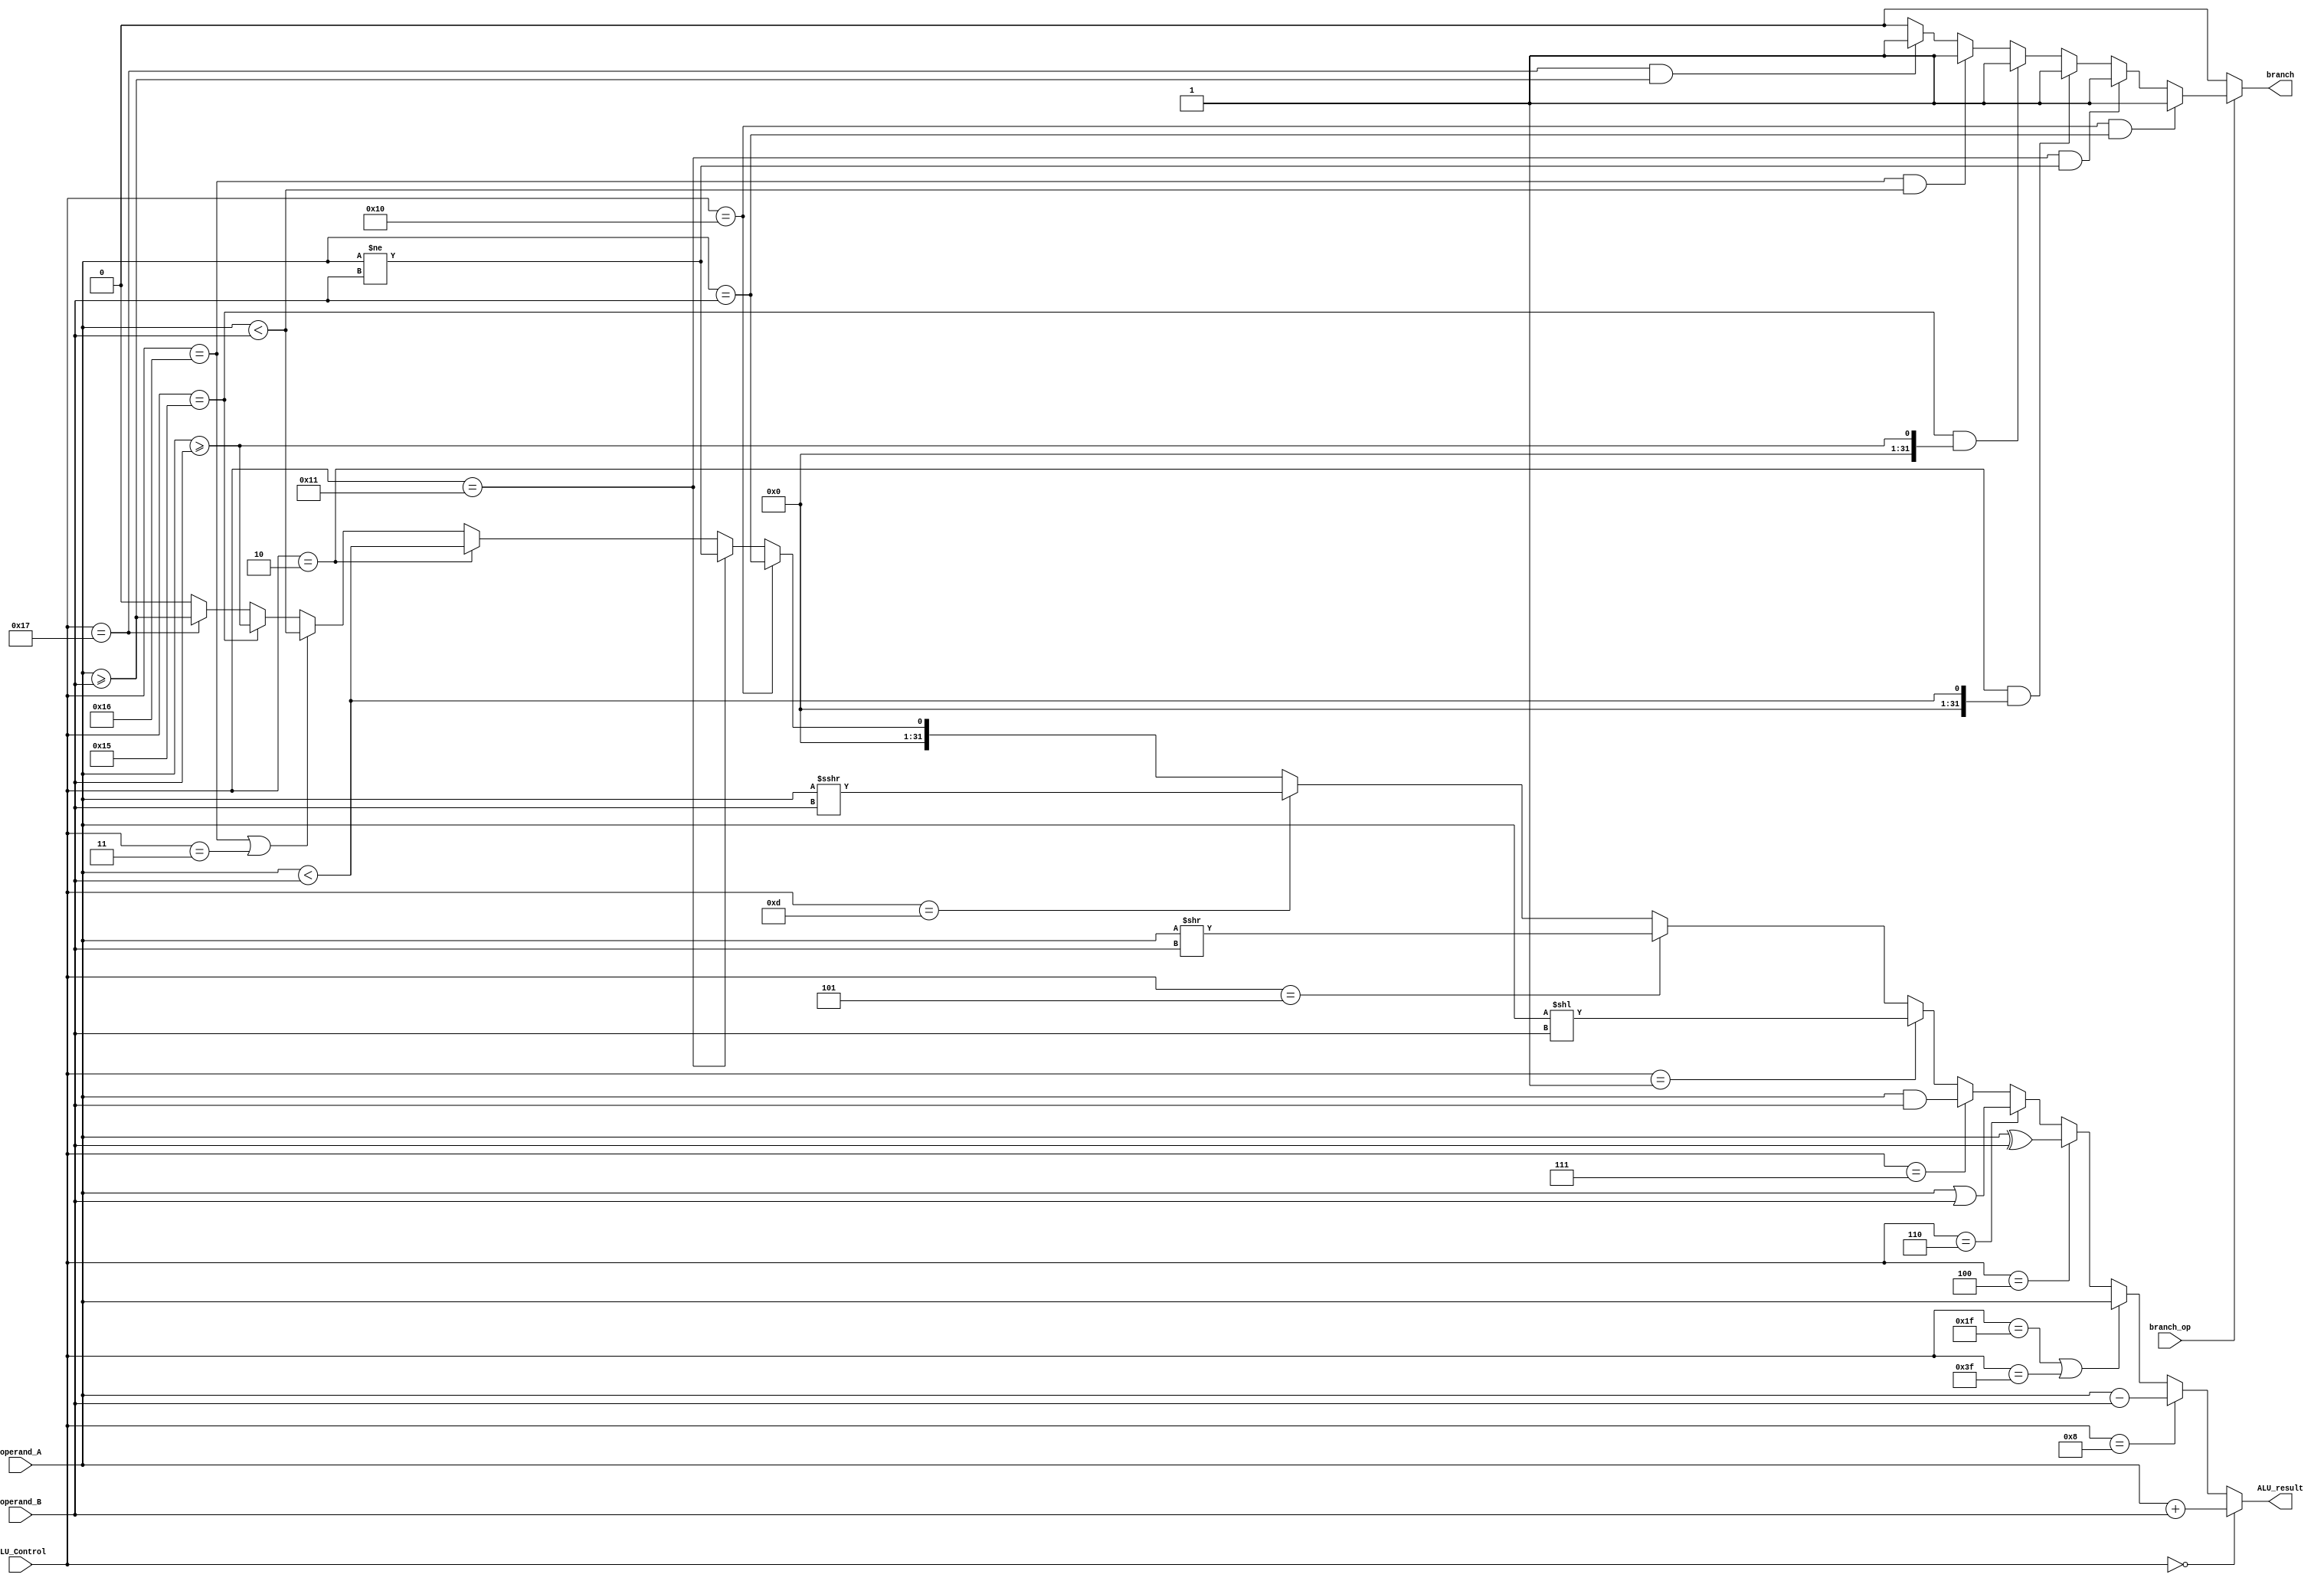
// Name: Nadim El Helou, Karim Khalil
// BU ID: U36258772, U35935771
// EC413 Project: ALU

`timescale 1ns / 1ps

module ALU (
  input branch_op,
  input [5:0]  ALU_Control,
  input [31:0] operand_A,
  input [31:0] operand_B,
  output [31:0] ALU_result,
  output branch
);

/******************************************************************************
*                      Start Your Code Here
******************************************************************************/

wire signed [31:0]opA, opB, slt, sgte;
assign opA = operand_A;
assign opB = operand_B;
assign slt = opA < opB;
assign sgte = opA >= opB;

assign ALU_result = (ALU_Control == 6'b000000)? (operand_A + operand_B) :                         // add
                    (ALU_Control == 6'b001000)? (operand_A - operand_B) :                         // substract
                    (ALU_Control == 6'b011111 || ALU_Control == 6'b111111)? (operand_A) :         // pass operand_A
                    
                    (ALU_Control == 6'b000100)? (operand_A ^ operand_B) :                         // bitwise xor
                    (ALU_Control == 6'b000110)? (operand_A | operand_B) :                         // bitwise or
                    (ALU_Control == 6'b000111)? (operand_A & operand_B) :                         // bitwise and
                    
                    (ALU_Control == 6'b000001)? (operand_A << operand_B) :                        // logical shift left
                    (ALU_Control == 6'b000101)? (operand_A >> operand_B) :                        // logical shift right
                    (ALU_Control == 6'b001101)? (operand_A >>> operand_B) :                       // arithmetic shift 
                    
                    (ALU_Control == 6'b010000)? (operand_A == operand_B) :                                // equals
                    (ALU_Control == 6'b010001)? (operand_A != operand_B) :                                // not equals
                    (ALU_Control == 6'b000010) ? (slt):                                                   // signed less than 
                    (ALU_Control == 6'b010110 || ALU_Control == 6'b000011) ? (operand_A < operand_B):     // unsigned less than 
                    (ALU_Control == 6'b010101) ? (sgte):                                                  // signed greater than or equal
                    (ALU_Control == 6'b010111) ? (operand_A >= operand_B): 0;                             // unsigned greater than or equal
                    


assign branch = (branch_op == 0)? 1'b0 :
                ((ALU_Control == 6'b010000) && (operand_A == operand_B))? 1'b1 :            // branch if equals
                ((ALU_Control == 6'b010001) && (operand_A != operand_B))? 1'b1 :            // branch if not equal  
                ((ALU_Control == 6'b000010) && (slt))? 1'b1 :                               // branch if signed less than //010100
                ((ALU_Control == 6'b010101) && (sgte))? 1'b1 :                              // branch if signed greater than or equals
                ((ALU_Control == 6'b010110) && (operand_A < operand_B))? 1'b1 :             // branch if unsigned less than
                ((ALU_Control == 6'b010111) && (operand_A >= operand_B))? 1'b1 : 1'b0;      // branch if unsigned greater than or equals

endmodule